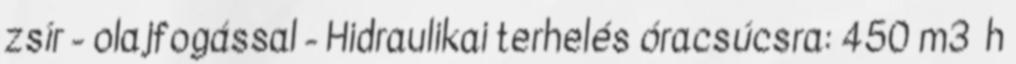
zsír - olajfogással - Hidraulikai terhelés óracsúcsra: 450 m3 h